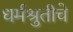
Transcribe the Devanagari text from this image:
धर्मश्रुतीचे